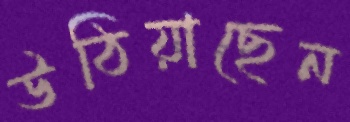
উঠিয়াছেন